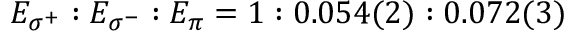
E _ { \sigma ^ { + } } : E _ { \sigma ^ { - } } : E _ { \pi } = 1 : 0 . 0 5 4 ( 2 ) : 0 . 0 7 2 ( 3 )